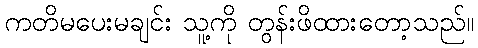
ကတိမပေးမချင်း သူ့ကို တွန်းဖိထားတော့သည်။